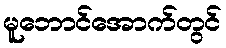
မူဘောင်အောက်တွင်